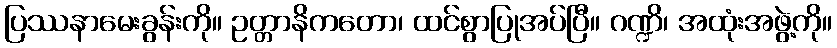
ပြဿနာမေးခွန်းကို။ ဥတ္တာနိကတော၊ ထင်စွာပြုအပ်ပြီ။ ဂဏ္ဍိ၊ အထုံးအဖွဲ့ကို။